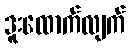
ဒူးထောက်လျက်